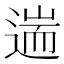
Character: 遄